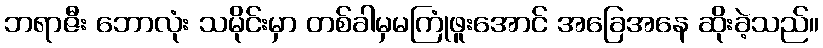
ဘရာဇီး ဘောလုံး သမိုင်းမှာ တစ်ခါမှမကြုံဖူးအောင် အခြေအနေ ဆိုးခဲ့သည်။